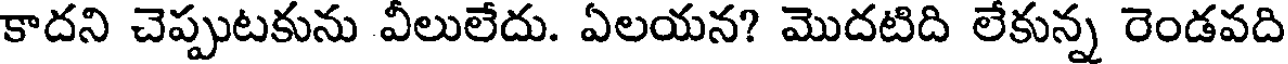
కాదని చెప్పుటకును వీలులేదు. ఏలయన? మొదటిది లేకున్న రెండవది